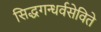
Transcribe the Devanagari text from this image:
सिद्धगन्धर्वसेविते